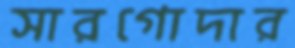
সারগোদার